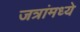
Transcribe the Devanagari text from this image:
जत्रांमध्ये